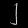
Digit: ၂